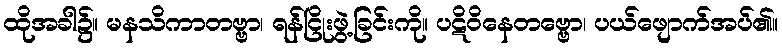
ထိုအခါ၌။ မနသိကာတဗ္ဗာ၊ ရန်ငြိုးဖွဲ့ခြင်းကို။ ပဋိဝိနေတဗ္ဗော၊ ပယ်ဖျောက်အပ်၏။